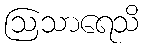
ဩသာရေသိ